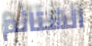
الشتائم